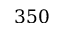
3 5 0